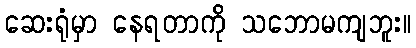
ဆေးရုံမှာ နေရတာကို သဘောမကျဘူး။